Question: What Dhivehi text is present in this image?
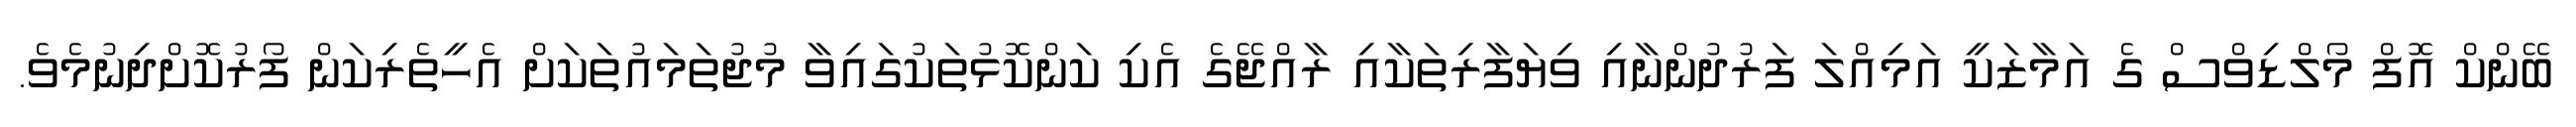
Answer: ބޭންކް އޮފް މޯލްޑިވްސް ގެ އަމާޒަކީ އަމިއްލަ ފަރުދުންނާއި ވިޔަފާރިތަކާއި ރާއްޖޭގެ އެކި ކަންކޮޅުތަކުގައިވާ މުޖުތަމައުތަކަށް އެހީތެރިކަން ފޯރުކޮށްދިނުމެވެ.